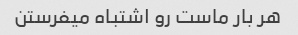
هر بار ماست رو اشتباه میفرستن